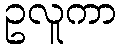
ဥလူကာ